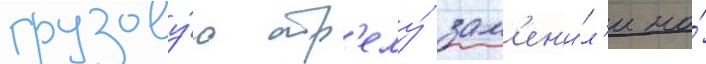
грузову́ю стр'елу́ зам'ен'и́л'и на́